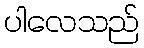
ပါလေသည်